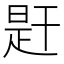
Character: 𢆝